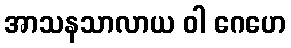
အာသနသာလာယ ဝါ ဂေဟေ